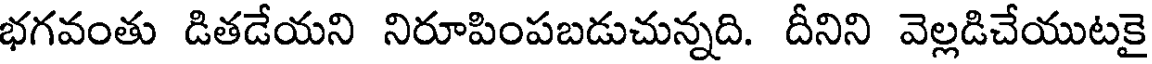
భగవంతు డితడేయని నిరూపింపబడుచున్నది. దీనిని వెల్లడిచేయుటకై